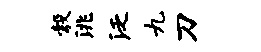
彀洮泛九刀